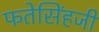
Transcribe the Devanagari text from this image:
फतेसिंहजी